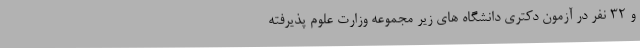
و ۳۲ نفر در آزمون دکتری دانشگاه های زیر مجموعه وزارت علوم پذیرفته